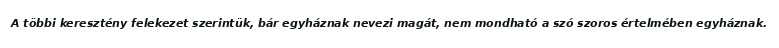
A többi keresztény felekezet szerintük, bár egyháznak nevezi magát, nem mondható a szó szoros értelmében egyháznak.